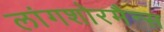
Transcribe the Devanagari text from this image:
लांगशोरमैन्स